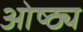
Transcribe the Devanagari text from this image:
ओष्ठ्य